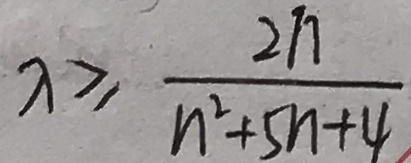
\lambda \geqslant \frac { 2 n } { n ^ { 2 } + 5 n + 4 }